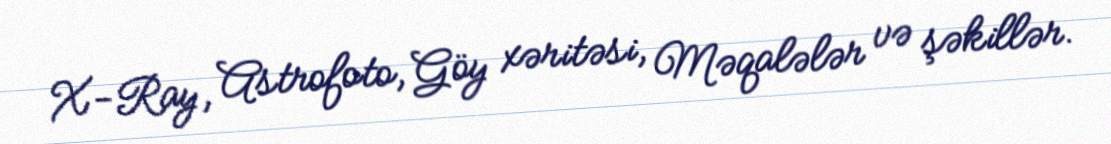
X-Ray, Astrofoto, Göy xəritəsi, Məqalələr və şəkillər.